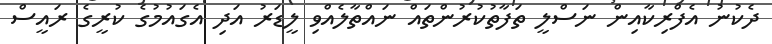
ދެކުނު އެފްރިކާއިން ނަސްލީ ތަފާތުކުރުންތައް ނައްތާލެއްވި ލީޑަރު އަދި އެގައުމުގެ ކުރީގެ ރައީސް